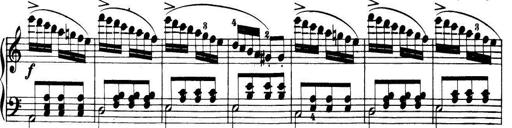
Title: 32 Sonatinas and Rondos for the Piano
Composer: Richard Kleinmichel